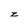
Character: z